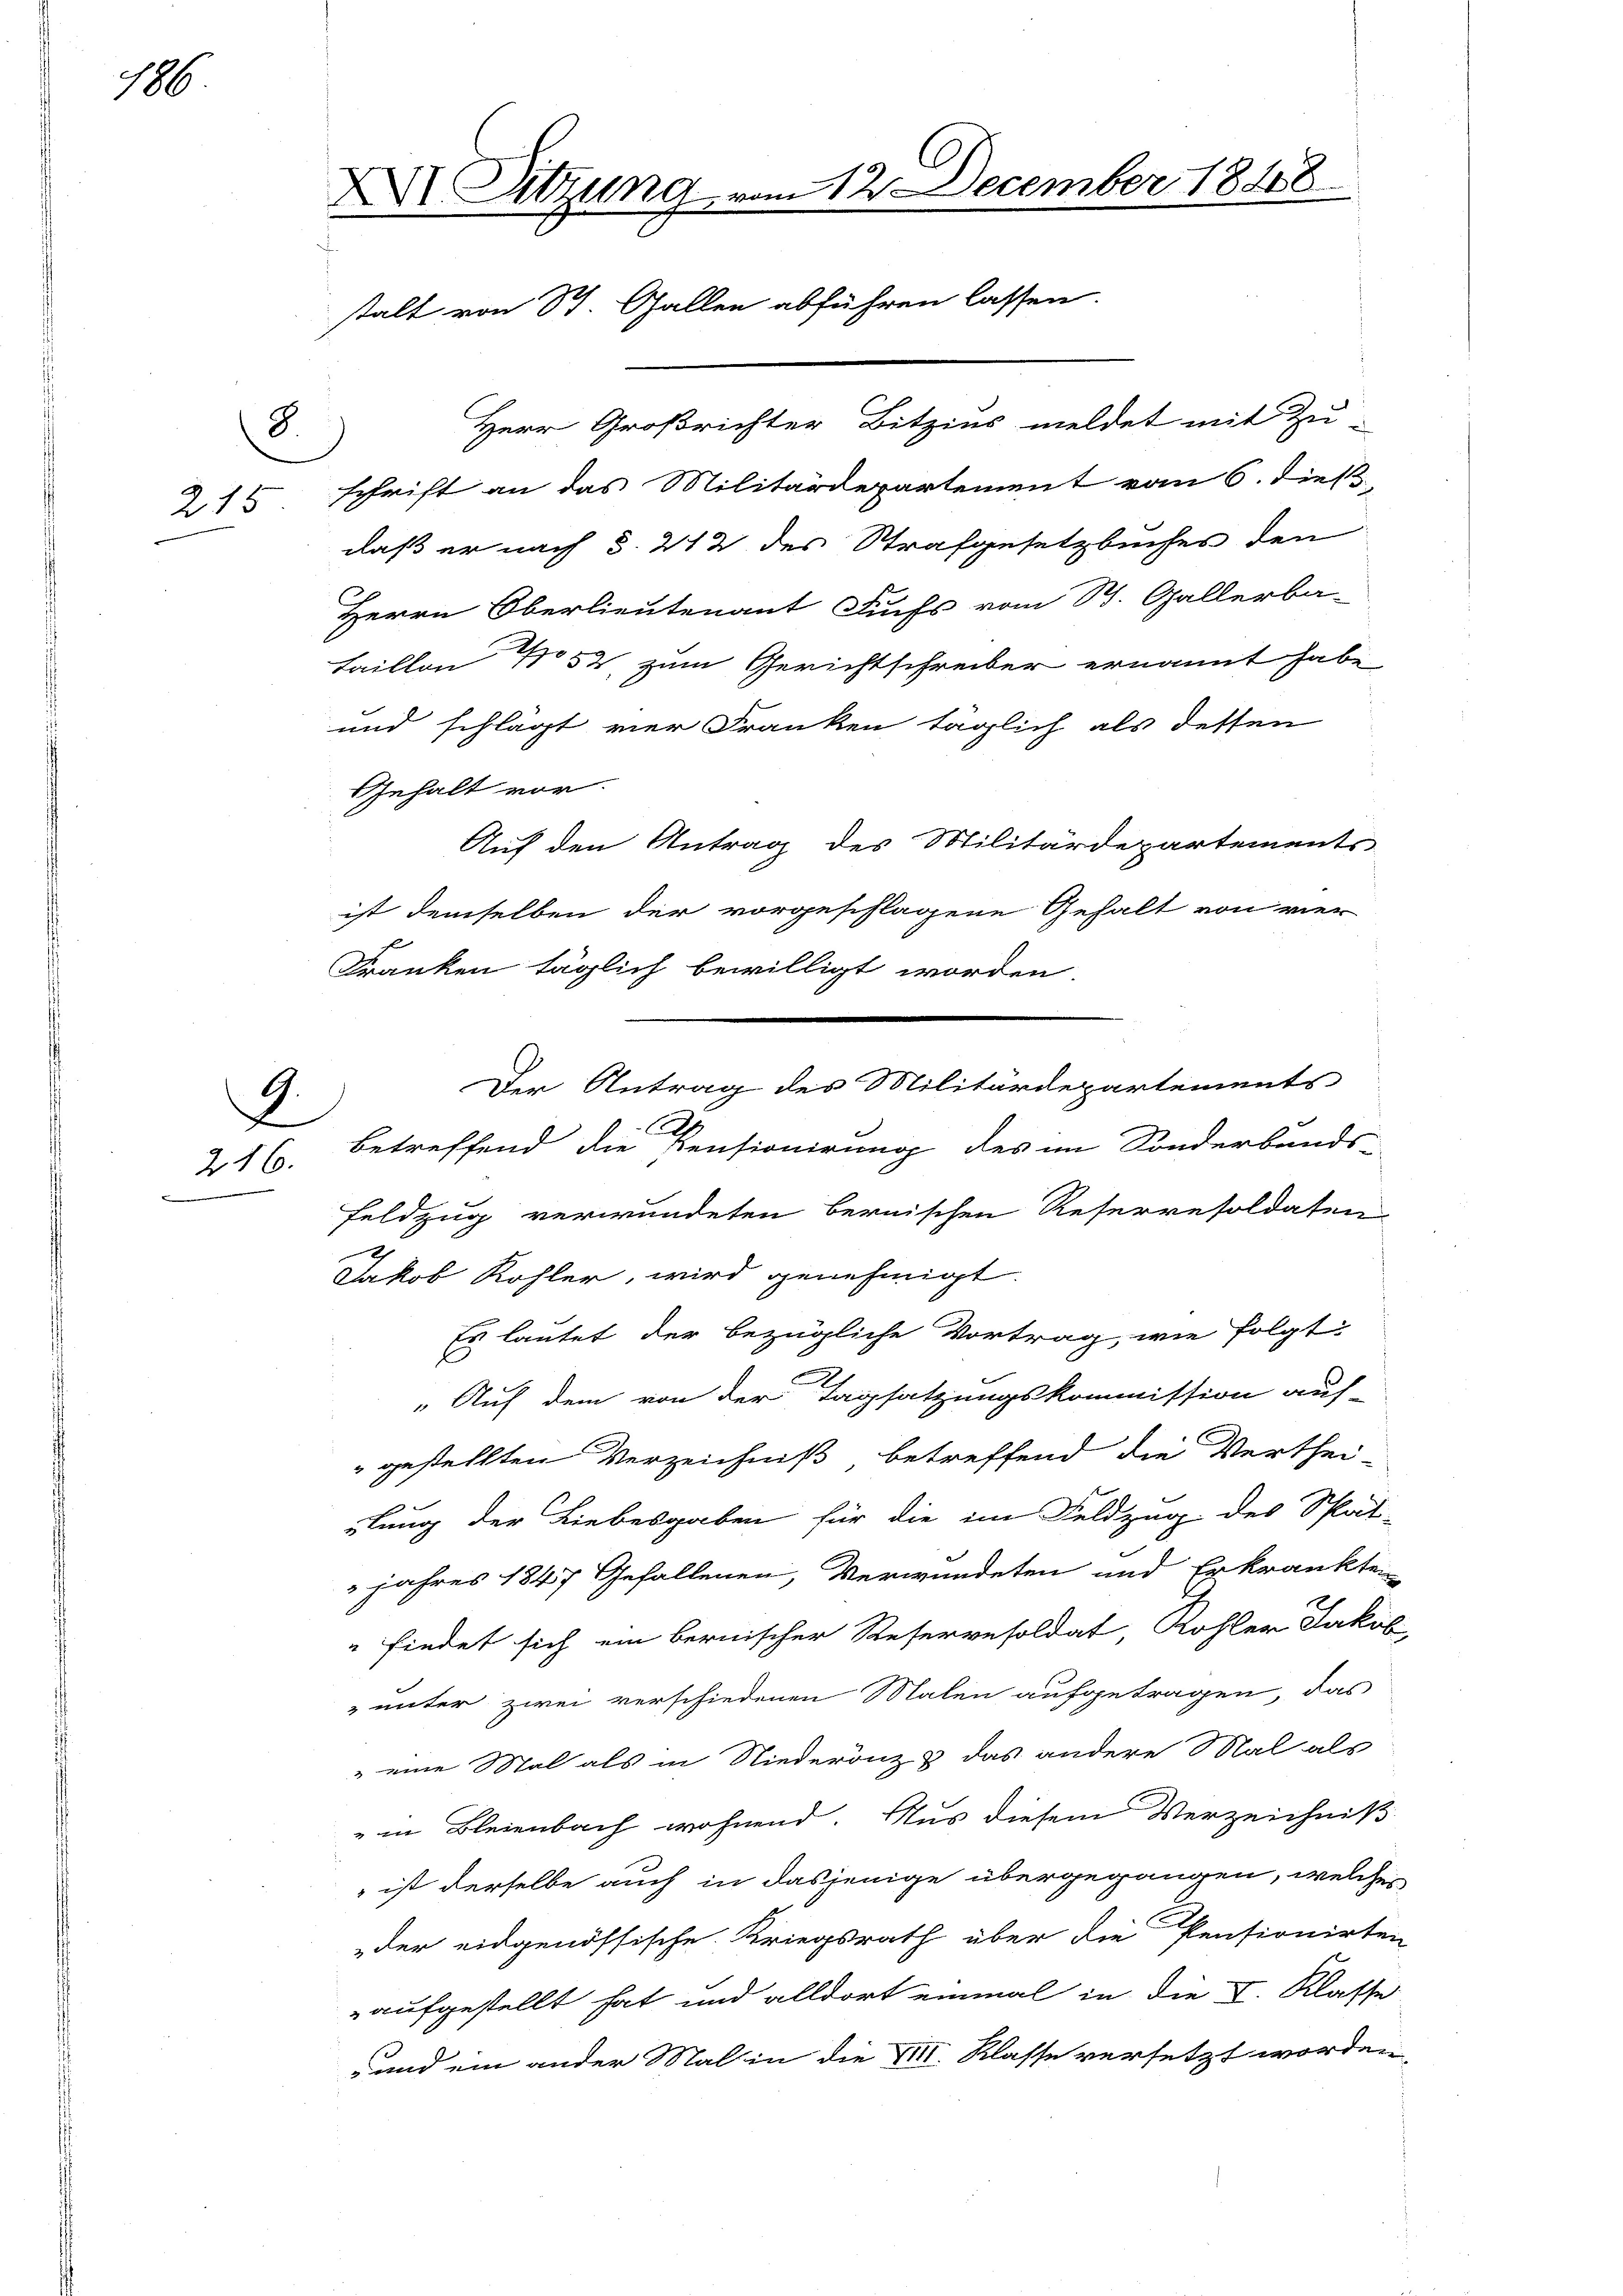
186

8.
215

A.
f
216.

XXI Sitzung vom 12. December 1848
stalt von St. Gallen abführen lassen.

schrift an das Militärdepartement vom 6. dies
daß er nach §. 212 des Strafgesetzbuches den
Herrn Oberlieutenant Fuchs vom St. Gallerba-
Taillon No 52, zum Gerichtschreiber ernannt habe
und schlägt vier Franken täglich als dessen
Gehalt vor.
Auf den Antrag des Militärdepartements
ist demselben der vorgeschlagene Gehalt von vier
Franken täglich bewilligt worden.
A
betreffend die Pensionirung des im Sonderbands-
Feldzug verwundeten bernischen Reserresoldaten
h
Jakob Kohler, wird genehmigt.
Es lautet der bezügliche Vortrag, wie folgt
„Auf dem von der Tagsatzungskommission auf-
"gestellten Verzeichniß betreffend die Verthei-
ilung der Liebesgaben für die im Feldzug des Spät-
 jahres 1847 Gefallenen, Verwundeten und Erkrankten
 findet sich ein bernischer Reservesoldat, Kohler Jakob
" unter zwei verschiedenen Malen aufgetragen, das
" eine Mal als in Niederönz & das andere Mal als
" in Bleienbach wohnend. Aus diesem Verzeichniß
 ist derselbe auch in dasjenige übergegangen, welches
der eidgenössische Kriegsrath über die Pensionirten
aufgestellt hat und alldort einmal in die I. Klasse
 und ein ander Mal in die VIII. Klasse versetzt worden,

Herr Großrichter Bitzius meldet mit Zu-

Der Antrag des Militärdepartements